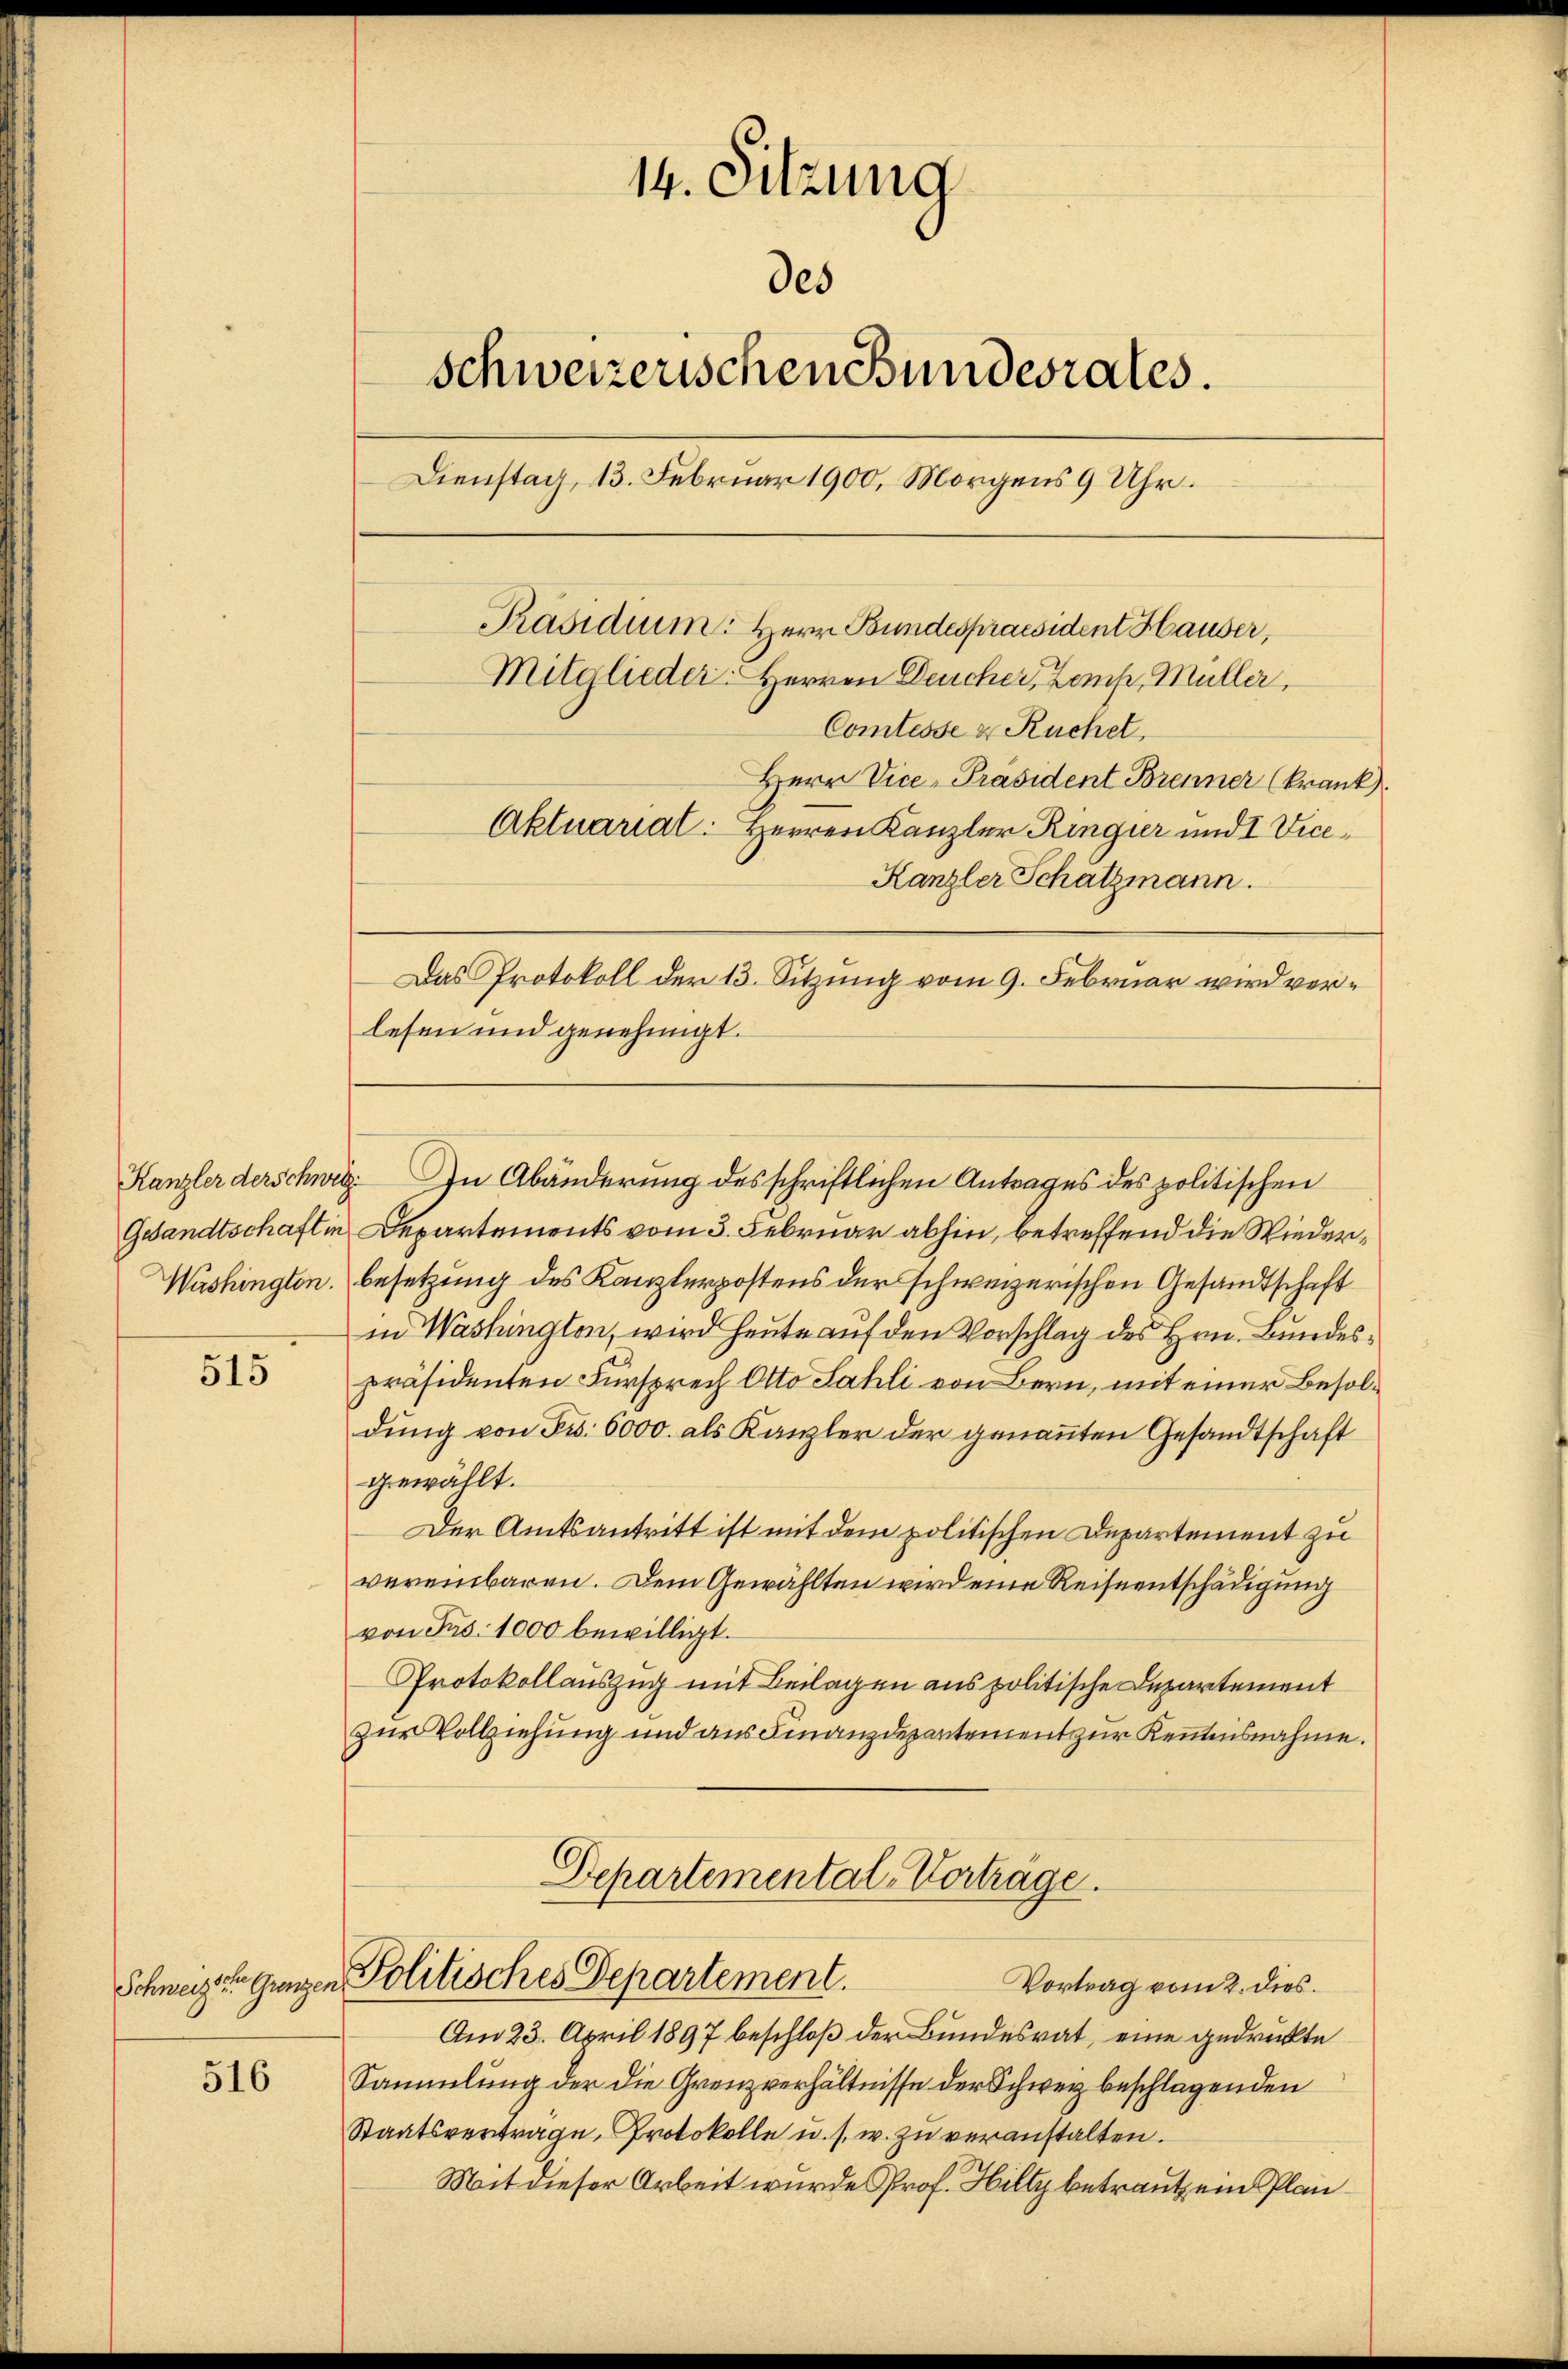
515

516

14. Sitzung
des
schweizerischen Bundesrates.
Dienstag, 13. Februar 1900, Morgens 9 Uhr.
Präsidium: Herr Bundespraesident Hauser,
Mitglieder: Herren Deucher, Zemp, Müller,
Comtesse & Ruchel,
Herr Vice-Präsident Brenner (krank.
Aktuarial. Herren Kanzler Ringier und I Vice¬
Kanzler Schatzmann.

Das Protokoll der 13. Sitzung vom 9. Februar wird verlesen und genehmigt.
Kanzler derschweg. In Abänderung des schriftlichen Antrages des politischen
Gesandtschaft in Departements vom 3. Februar abhin, betreffend die Wieder¬
Washingten. Besetzung des Kanzlerpostens der schweizerischen Gesandtschaft
in Washington, wird heute auf den Vorschlag des Hrn. Bundespräsidenten Fürsprech Otto Sahli von Bern, mit einer Besoldung von Fr. 6000. als Kanzler der genannten Gesandtschaft
gewählt.
Der Amtsantritt ist mit dem politischen Departement zu
vereinbaren. Dem Gewählten wird eine Reiseentschädigung
von Frs. 1000 bewilligt.
Protokollauszug mit Beilagen aus politische Departement
zur Vollziehung und aus Finanzdepartement zur Kenntnisnahme.
Departemental-Vorträge.
Schweizer ganzen Politisches Departement.
Vortrag vom 2. dies.
Am 23. April 1897 beschloß der Bundesrat, eine gedruckte
Sammlung der die Grenzverhältnisse der Schwer beschlagenden
Staatsvertrage, Protokolle u. s. w. zu veranstalten.
Mit dieser Arbeit wurde Prof. Hilty betraut ein Plan¬